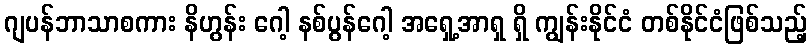
ဂျပန်ဘာသာစကား နိဟွန်း ဂေါ့ နစ်ပွန်ဂေါ့ အရှေ့အာရှ ရှိ ကျွန်းနိုင်ငံ တစ်နိုင်ငံဖြစ်သည့်